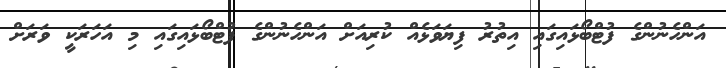
އަންހެނުންގެ ފުޓްބޯޅައިގައި އިތުރު ފިޔަވަޅެއް ކުރިއަށް އަންހެނުންގެ ފުޓްބޯޅައިގައި މި އަހަރަކީ ވަރަށް